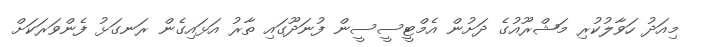
މިއަދު ހަވާލުކުރި މަޝްރޫއުގެ ދަށުން އެމްޓީސީސީން ފުނަދޫގައި ތާރު އަޅައިގެން ރަނގަޅު ފެންވަރަކަށް